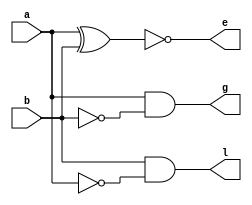
module oneBit_comparator(input a,input b, output g, output e, output l);
    //to make comparison between two 1-bit input
    
    assign g=a & ~b; //if a is 1 and b is 0 then a is greater than b
    assign e=~(a ^ b); //if a and b are equal (xor gate) 
    assign l=b & ~a; ////if a is 0 and b is 1 then a is lesser than b

endmodule